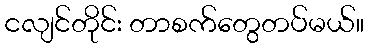
ငလျင်တိုင်း တာစက်တွေတပ်မယ်။